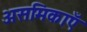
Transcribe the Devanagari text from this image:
असमिकाएँ